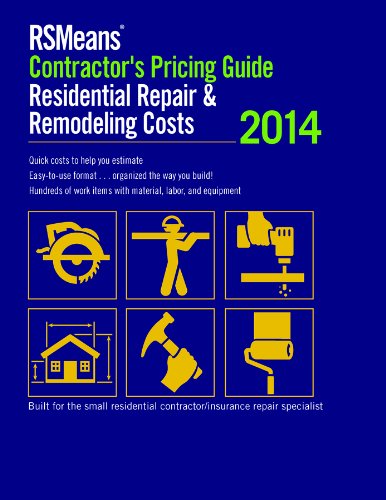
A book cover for RSMeans Contractor's Pricing Guide: Residential Repair & Remodeling 2014 (RSMeans Contractor's Pricing Guide: Residential Repair & Remodeling Costs); RSMeans Engineering Department; Arts & Photography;